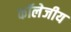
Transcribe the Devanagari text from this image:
कॉलेजीय